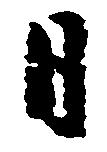
日